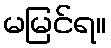
မမြင်ရ။